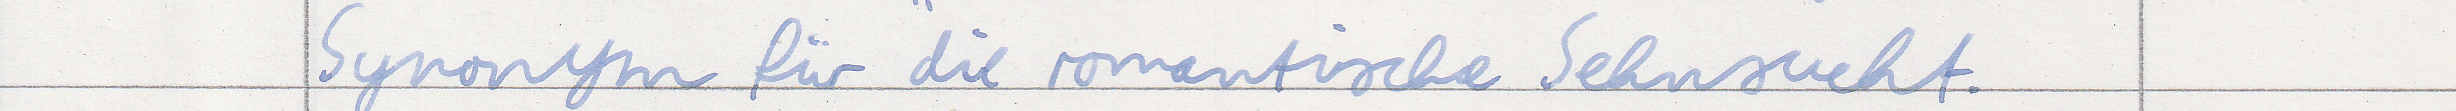
Synonym für die romantische Sehnsucht.